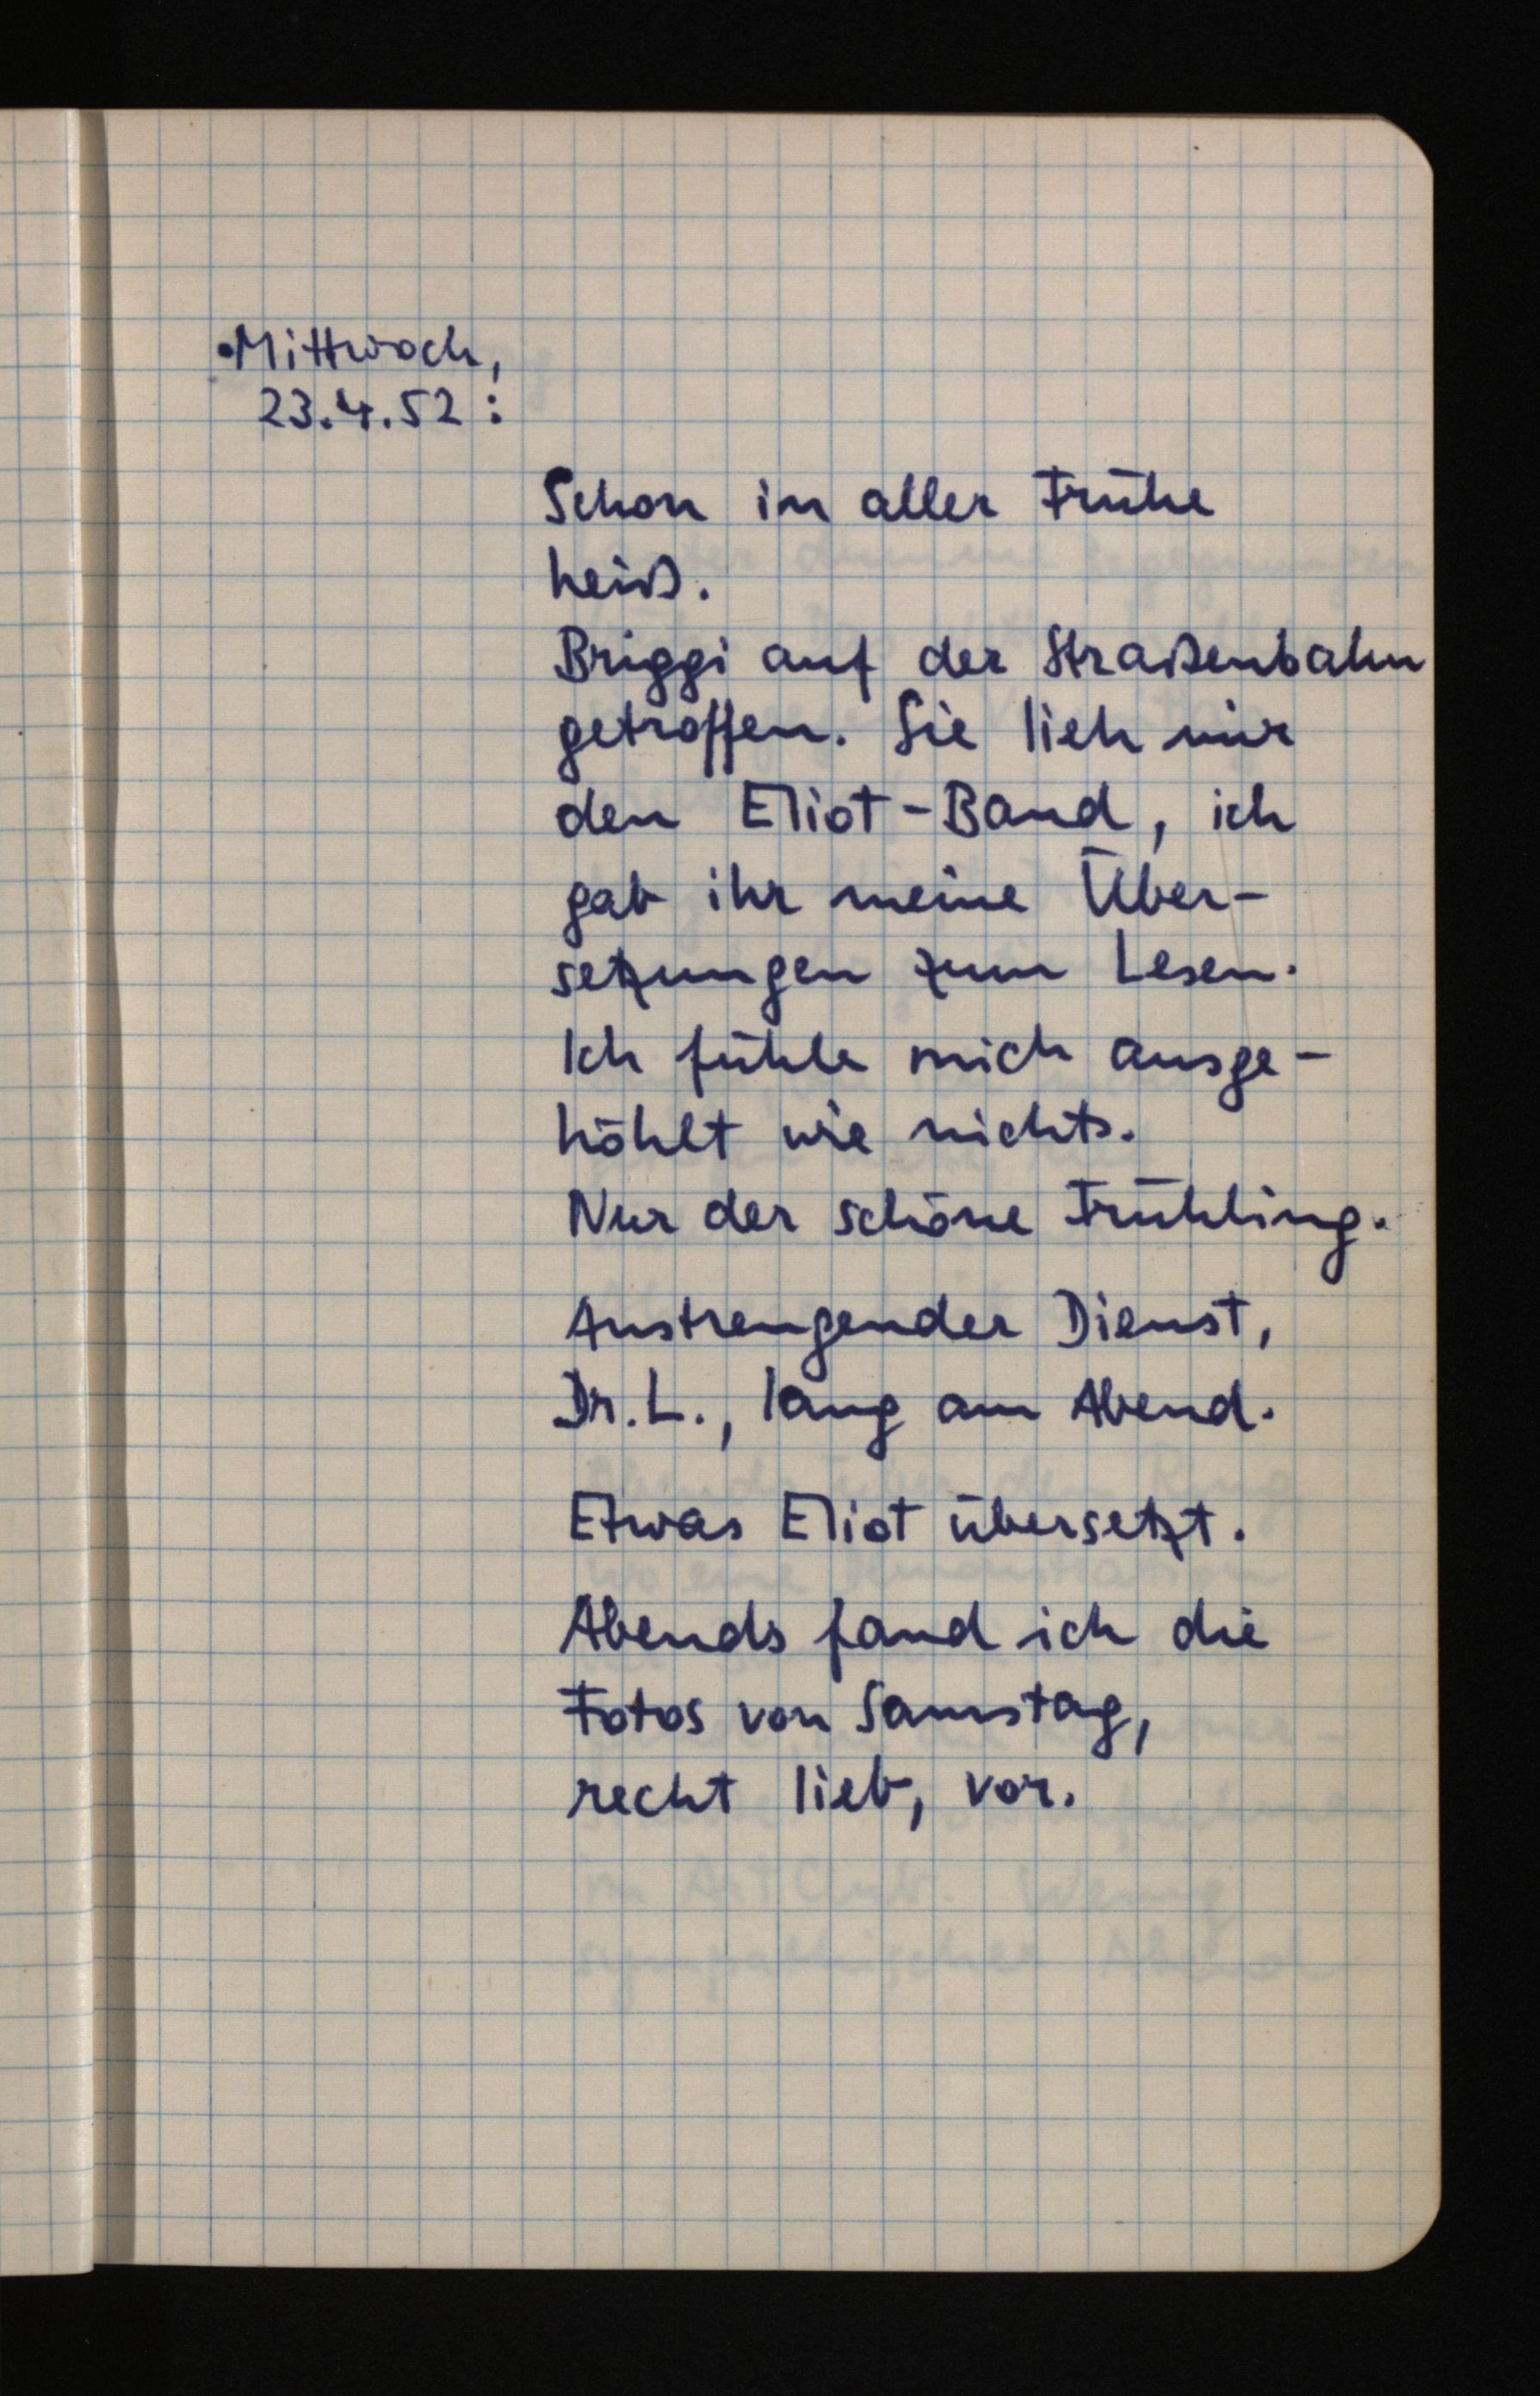
Mittwoch,
23.4.52:
Schon in aller Frühe
heiß.
Briggi auf der Straßenbahn
getroffen. Sie lieh mir
den Eliot-Band, ich
gab ihr meine Über¬
setzungen zum Lesen.
Ich fühle mich ausge¬
höhlt wie nichts.
Nur der schöne Frühling.
Anstrengender Dienst,
Dr. L., lang am Abend.
Etwas Eliot übersetzt.
Abends fand ich die
Fotos von Samstag,
recht lieb, vor.